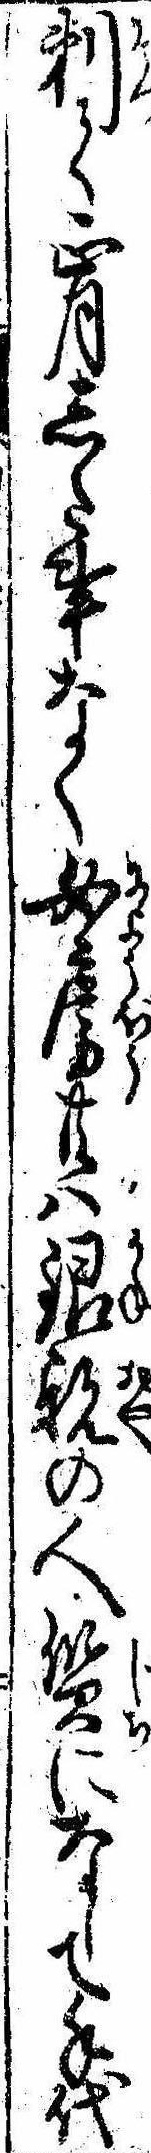
剃て正月した事なく女房共は銀親の人質になして手代